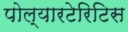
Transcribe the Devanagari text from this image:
पोल्यारटेरिटिस